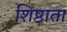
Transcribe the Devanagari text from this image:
शिष्ठाता